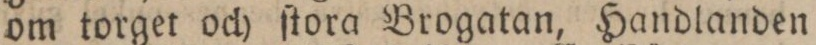
om torget och ſtora Brogatan, Handlanden